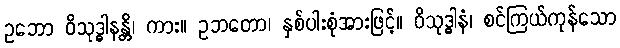
ဥဘော ဝိသုဒ္ဓါနန္တိ၊ ကား။ ဥဘတော၊ နှစ်ပါးစုံအားဖြင့်။ ဝိသုဒ္ဓါနံ၊ စင်ကြယ်ကုန်သော